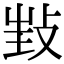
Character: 𢼟